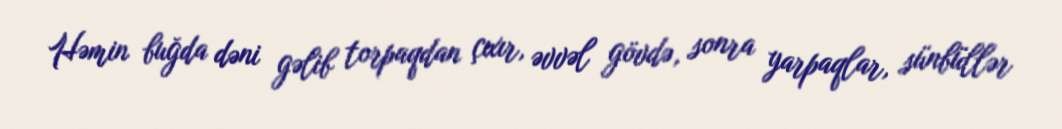
Həmin buğda dəni gəlib torpaqdan çıxır, əvvəl gövdə, sonra yarpaqlar, sünbüllər